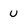
Character: U